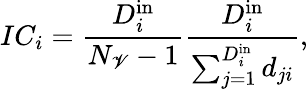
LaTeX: IC_{i}=\frac{D_{i}^{\mathrm{in}}}{N_{\mathscr{V}}-1}\frac{D_{i}^{\mathrm{in}}}{\sum_{j=1}^{D_{i}^{\mathrm{in}}}d_{ji}},